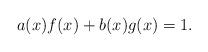
LaTeX: \begin{align*}a(x)f(x)+b(x)g(x)=1.\end{align*}